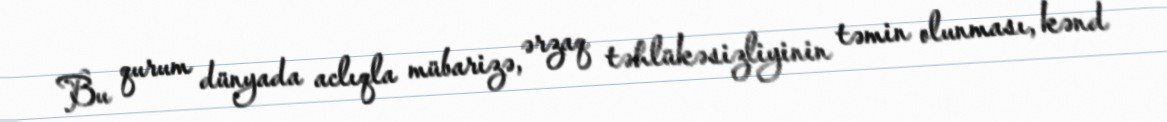
Bu qurum dünyada aclıqla mübarizə, ərzaq təhlükəsizliyinin təmin olunması, kənd